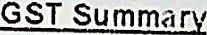
GST SUMMARY